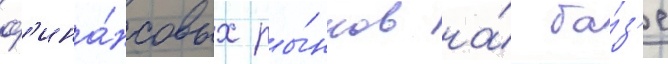
ф'ина́нсовых ры́нков на́ ба́з'е